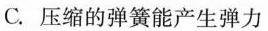
C.压缩的弹簧能产生弹力